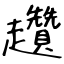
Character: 趲